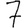
Digit: 7